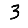
Digit: 3